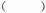
（）